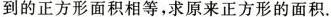
到的正方形面积相等，求原来正方形的面积。